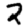
Digit: 2